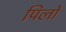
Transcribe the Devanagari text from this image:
पिर्लो